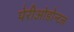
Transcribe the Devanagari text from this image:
पेरीओडोन्टल